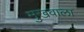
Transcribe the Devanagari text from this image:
मुखवाला